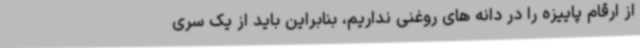
از ارقام پاییزه را در دانه های روغنی نداریم، بنابراین باید از یک سری